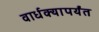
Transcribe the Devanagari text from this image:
वार्धक्यापर्यंत